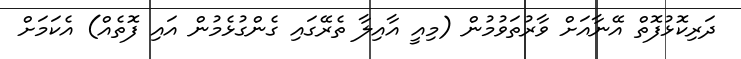
ދަރިކޮޅުފޮތް އޭނާއަށް ވާރުތަވުމުން (މިއީ އާއިލާ ތެރޭގައި ގެންގުޅެމުން އައި ފޮތެއް) އެކަމަށް